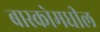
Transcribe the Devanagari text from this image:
बास्कोमधील